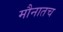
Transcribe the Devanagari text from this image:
मौनातच